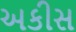
અકીસ